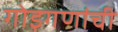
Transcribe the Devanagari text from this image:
गोइगणांची